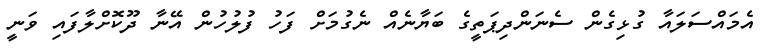
އެމައްސަލައާ ގުޅިގެން ސެނަންދިޕަތީގެ ބަޔާނެއް ނެގުމަށް ފަހު ފުލުހުން އޭނާ ދޫކޮށްލާފައި ވަނީ